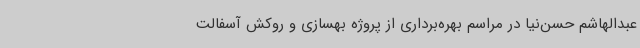
عبدالهاشم حسن‌نیا در مراسم بهره‌برداری از پروژه بهسازی و روکش آسفالت